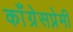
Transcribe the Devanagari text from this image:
काँग्रेसप्रेमी